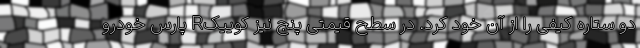
دو ستاره کیفی را از آن خود کرد. در سطح قیمتی پنج نیز کوییکR پارس خودرو